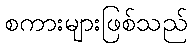
စကားများဖြစ်သည်